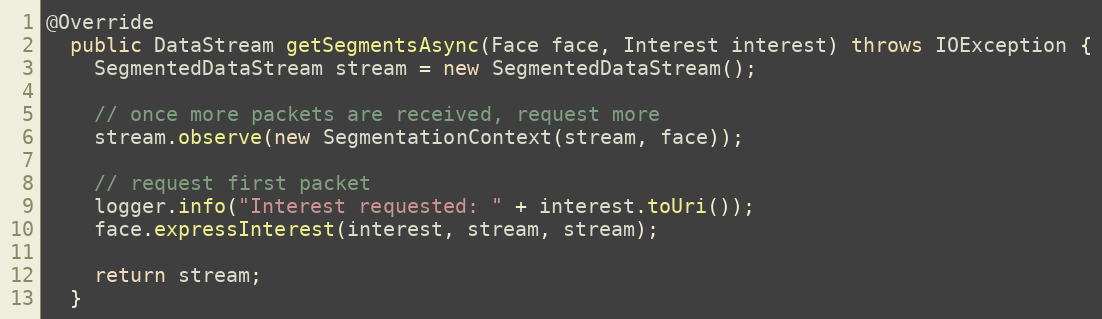
Language: Java
@Override
  public DataStream getSegmentsAsync(Face face, Interest interest) throws IOException {
    SegmentedDataStream stream = new SegmentedDataStream();

    // once more packets are received, request more
    stream.observe(new SegmentationContext(stream, face));

    // request first packet
    logger.info("Interest requested: " + interest.toUri());
    face.expressInterest(interest, stream, stream);

    return stream;
  }